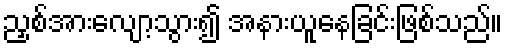
ညှစ်အားလျော့သွား၍ အနားယူနေခြင်းဖြစ်သည်။